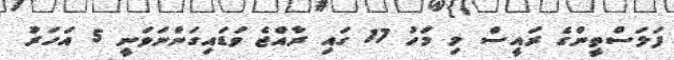
ފަލަސްތީންގެ ރައީސް މި މަހު 17 ގައި ރާއްޖެ ވަޑައިގަންނަވަނީ 5 އަހަރު